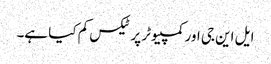
ایل این جی اور کمپیوٹر پر ٹیکس کم کیا ہے۔